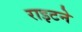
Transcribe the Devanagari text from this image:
राइटने